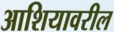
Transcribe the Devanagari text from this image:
आशियावरील